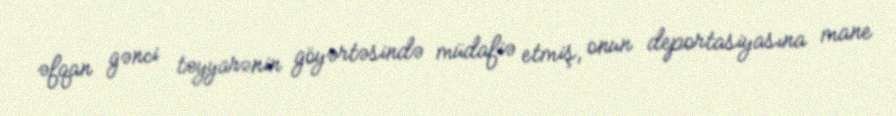
əfqan gənci təyyarənin göyərtəsində müdafiə etmiş, onun deportasiyasına mane